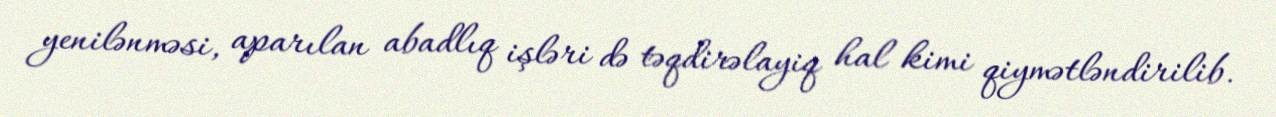
yenilənməsi, aparılan abadlıq işləri də təqdirəlayiq hal kimi qiymətləndirilib.